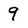
Character: 9